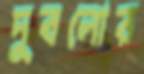
দুবলোর